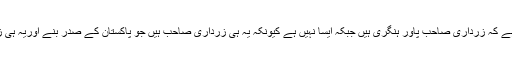
لوگوں کے دماغوں میں یہ خیال ڈال دیا گیا ہے کہ زرداری صاحب پاور ہنگری ہیں جبکہ ایسا نہیں ہے کیونکہ یہ ہی زرداری صاحب ہیں جو پاکستان کے صدر بنے اوریہ ہی زرداری صاحب ہیں جو 18ویں ترمیم لائے۔